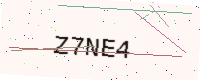
Text: Z7NE4